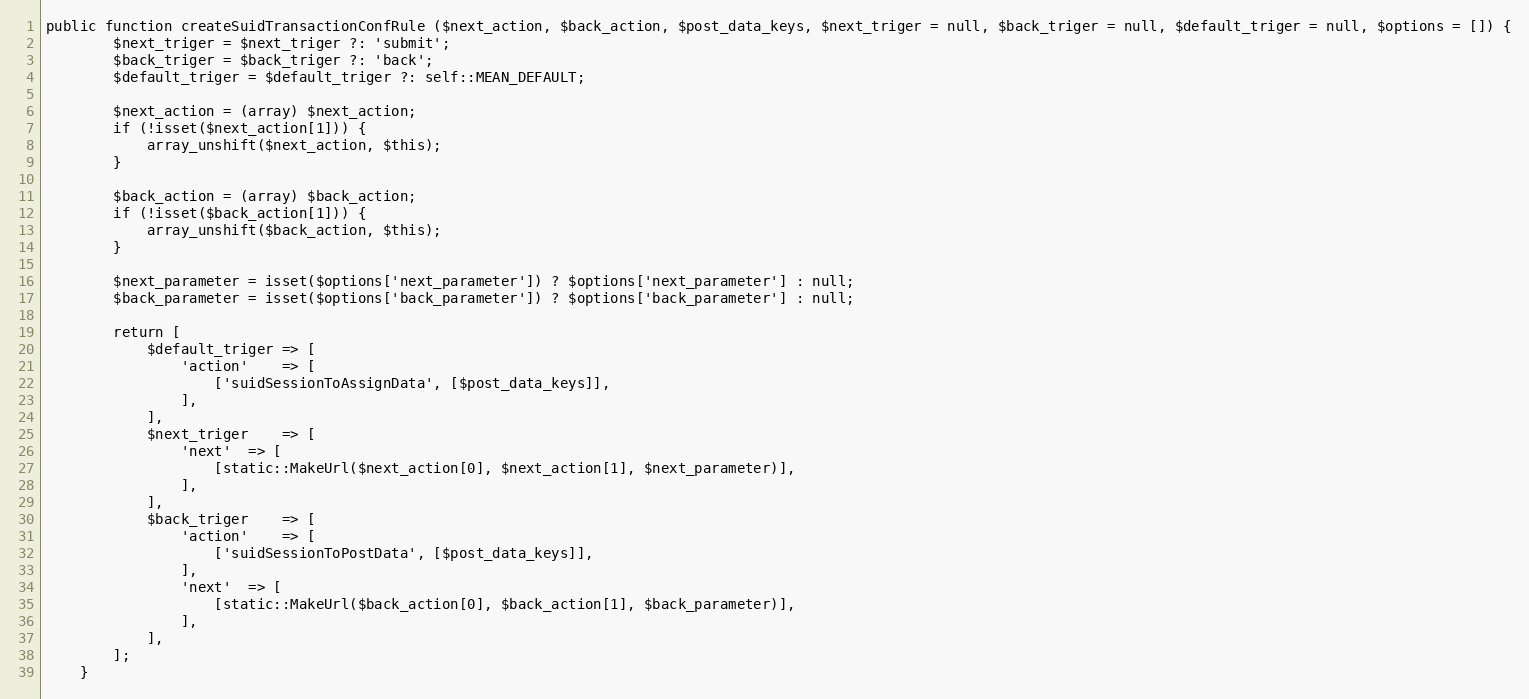
Language: PHP
public function createSuidTransactionConfRule ($next_action, $back_action, $post_data_keys, $next_triger = null, $back_triger = null, $default_triger = null, $options = []) {
		$next_triger = $next_triger ?: 'submit';
		$back_triger = $back_triger ?: 'back';
		$default_triger = $default_triger ?: self::MEAN_DEFAULT;

		$next_action = (array) $next_action;
		if (!isset($next_action[1])) {
			array_unshift($next_action, $this);
		}

		$back_action = (array) $back_action;
		if (!isset($back_action[1])) {
			array_unshift($back_action, $this);
		}

		$next_parameter = isset($options['next_parameter']) ? $options['next_parameter'] : null;
		$back_parameter = isset($options['back_parameter']) ? $options['back_parameter'] : null;

		return [
			$default_triger	=> [
				'action'	=> [
					['suidSessionToAssignData', [$post_data_keys]],
				],
			],
			$next_triger	=> [
				'next'	=> [
					[static::MakeUrl($next_action[0], $next_action[1], $next_parameter)],
				],
			],
			$back_triger	=> [
				'action'	=> [
					['suidSessionToPostData', [$post_data_keys]],
				],
				'next'	=> [
					[static::MakeUrl($back_action[0], $back_action[1], $back_parameter)],
				],
			],
		];
	}